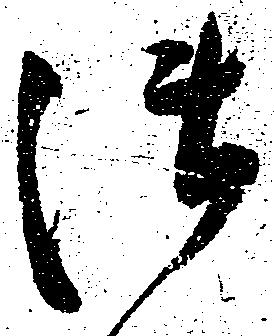
御